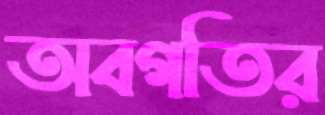
অবগতির